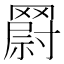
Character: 𮊘